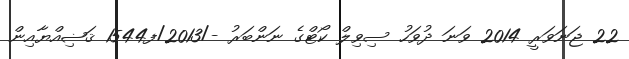
22 ޖަނަވަރީ 2014 ވަނަ ދުވަހު ސިވިލް ކޯޓްގެ ނަންބަރު -/2013/ފ1544 ޤަޟިއްޔާއިން